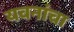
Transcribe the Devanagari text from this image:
यवनांचा